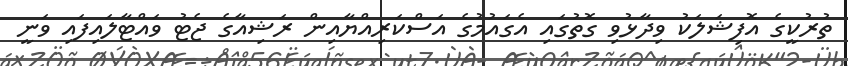
ތުރުކީގެ އޮފިޝަލަކު ވިދާޅުވި ގޮތުގައި އެގައުމުގެ އަސްކަރިއްޔާއިން ރަޝިއާގެ ޖެޓު ވައްޓާލައިފައި ވަނީ